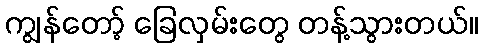
ကျွန်တော့် ခြေလှမ်းတွေ တန့်သွားတယ်။